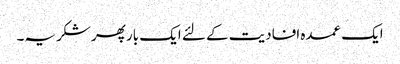
ایک عمدہ افادیت کے لئے ایک بار پھر شکریہ۔